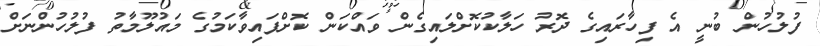
ފުލުހުން ބުނީ އެ ފިހާރައިގެ ދޮރު ހަލާކުކޮށްލައިގެން ވައްކަން ކޮށްފައިވާކަމުގެ މައުލޫމާތު ފުލުހުންނަށް